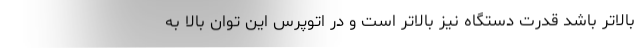
بالاتر باشد قدرت دستگاه نیز بالاتر است و در اتوپرس این توان بالا به